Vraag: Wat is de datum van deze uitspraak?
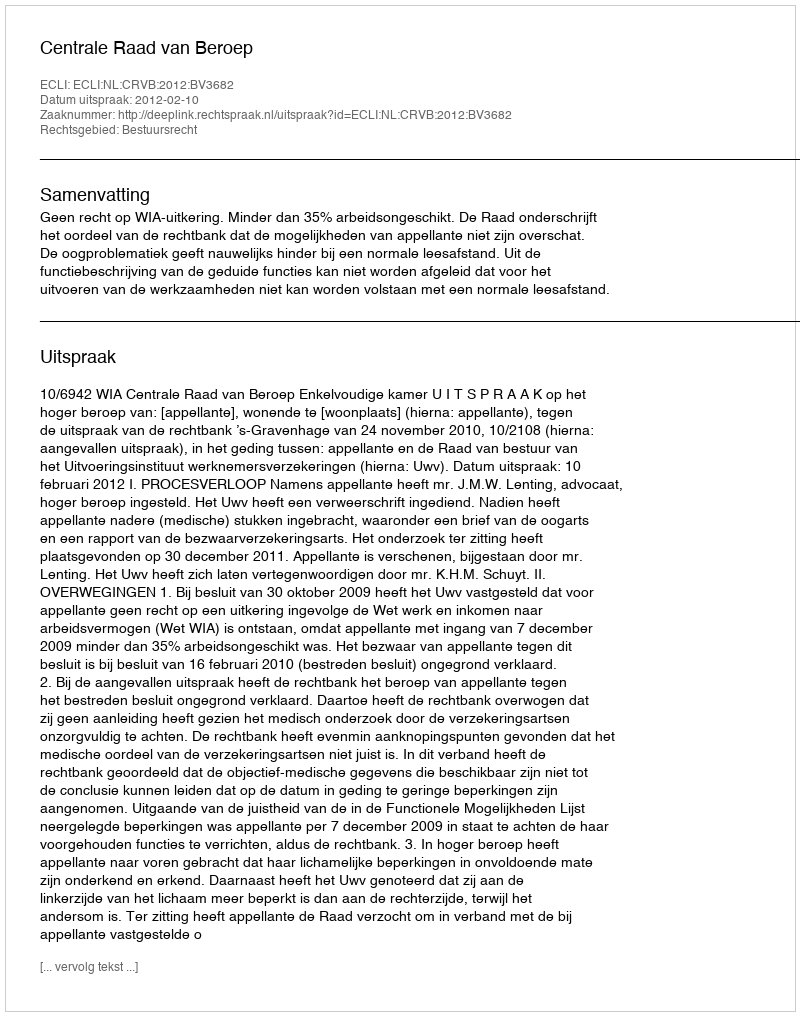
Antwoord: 2012-02-10